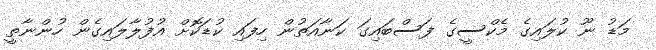
މަޑު ނޫ ކުލައިގެ މެކްސީގެ ފަސްބައިގަ ކަނާއަތުން ހިފައި ކުޑަކޮށް އުފުލާލައިގެން ހުންނާތީ